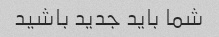
شما باید جدید باشید